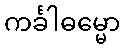
ကင်္ခါဓမ္မော